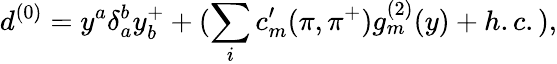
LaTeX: d^{(0)}=y^{a}\delta_{a}^{b}y_{b}^{+}+(\sum_{i}c_{m}^{\prime}(\pi,\pi^{+})g_{m}^{(2)}(y)+h.c.),